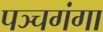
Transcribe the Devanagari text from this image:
पञ्चगंगा